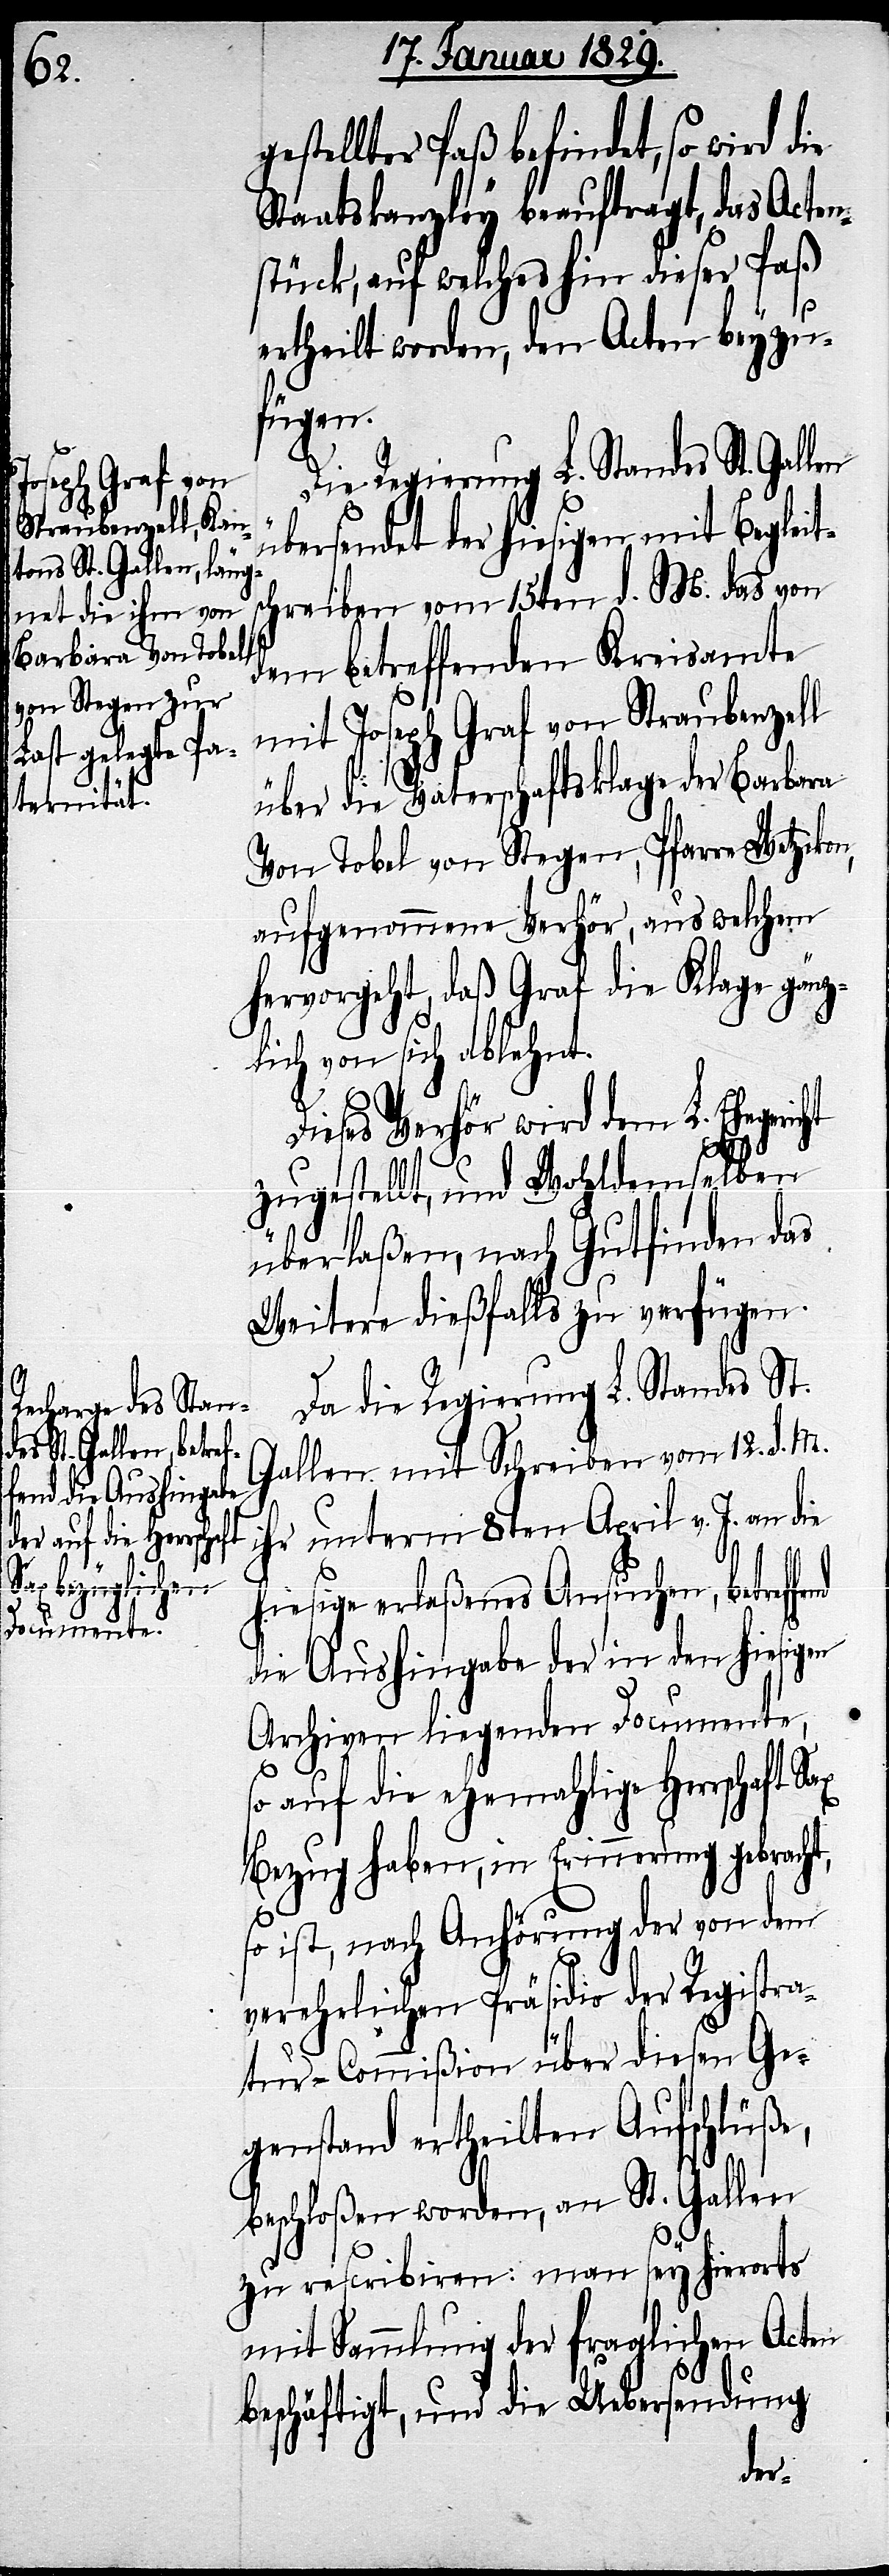
gestellter Paß befindet, so wird die
Staatskanzley beauftragt, das Acten¬
stück, auf welches hin dieser Paß
ertheilt worden, den Acten beyzu¬
fügen.
Die Regierung L. Standes St. Gallen
übersendet der hiesigen mit Begleit¬
schreiben vom 15ten d. M. das von
dem betreffenden Kreisamte
mit Joseph Graf von Straubenzell
über die Vaterschaftsklage der Barbara
Von Tobel von Stegen, Pfarre Wetzikon,
aufgenommene Verhör, aus welchem
hervorgeht, daß Graf die Klage gänz¬
lich von sich ablehnt.
Dieses Verhör wird dem L. Ehegeri¬
end
zugestellt, und Wohldemselben
überlaßen, nach Gutfinden das
Weitere dießfalls zu verfügen.
Da die Regierung L. Standes St.
Gallen mit Schreiben vom 12. d. M.
ihr unterm 8ten April v. J. an die
hiesige erlaßenes Ansuchen, betreff¬
die Aushingabe der in den hiesigen
Archiven liegenden Documente,
so auf die ehemahlige Herrschaft
Bezug haben, in Erinnerung gebracht,
so ist, nach Anhörung der von dem
verehrlichen Präsidio der Registra¬
tur-Commißion über diesen Ge¬
genstand ertheilten Aufschlüße,
beschloßen worden, an St. Gallen
zu rescribiren: man sey hierorts
mit Sammlung der fraglichen Acten
beschäftigt, und die Uebersendung